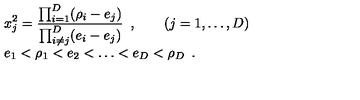
\begin{array} { l } { \displaystyle x _ { j } ^ { 2 } = \frac { \prod _ { i = 1 } ^ { D } ( \rho _ { i } - e _ { j } ) } { \prod _ { i \not = j } ^ { D } ( e _ { i } - e _ { j } ) } \enspace , \qquad ( j = 1 , \dots , D ) } \\ { \displaystyle e _ { 1 } < \rho _ { 1 } < e _ { 2 } < \dots < e _ { D } < \rho _ { D } \enspace . } \\ \end{array}